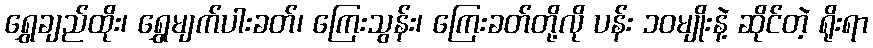
ရွှေချည်ထိုး၊ ရွှေမျက်ပါးခတ်၊ ကြေးသွန်း၊ ကြေးခတ်တို့လို ပန်း ၁၀မျိုးနဲ့ ဆိုင်တဲ့ ရိုးရာ